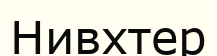
Нивхтер